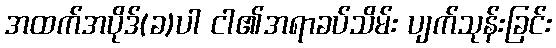
အထက်အပိုဒ်(ခ)ပါ ငါ၏အရာခပ်သိမ်း ပျက်သုန်းခြင်း